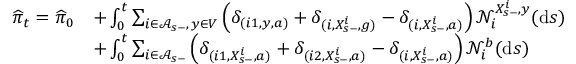
\begin{array} { r l } { \widehat { \pi } _ { t } = \widehat { \pi } _ { 0 } } & { + \int _ { 0 } ^ { t } \sum _ { i \in \mathcal A _ { s - } , \, y \in V } \left( \delta _ { ( i 1 , y , a ) } + \delta _ { ( i , X _ { s - } ^ { i } , g ) } - \delta _ { ( i , X _ { s - } ^ { i } , a ) } \right) \mathcal N _ { i } ^ { X _ { s - } ^ { i } , y } ( \mathrm { d } s ) } \\ & { + \int _ { 0 } ^ { t } \sum _ { i \in \mathcal A _ { s - } } \left( \delta _ { ( i 1 , X _ { s - } ^ { i } , a ) } + \delta _ { ( i 2 , X _ { s - } ^ { i } , a ) } - \delta _ { ( i , X _ { s - } ^ { i } , a ) } \right) \mathcal N _ { i } ^ { b } ( \mathrm { d } s ) } \end{array}